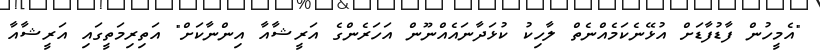
"އެމީހުން ފާޑުފާޑަށް އުޅޭނެކަމެއްނެތް ލާހިކު ކުޅަދާނައެއްނޫން އަހަރެންގެ އަރީޝާއާ އިންނާކަށް" އަތިރިމަތީގައި އަރީޝާއާ